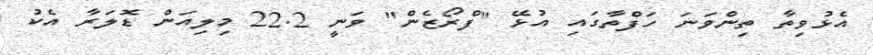
އެޅުވިތާ ތިންވަނަ ހަފްތާގައި އުޅޭ "ފްރޯޒެން" ވަނީ 22.2 މިލިއަން ޑޮލަރާ އެކު